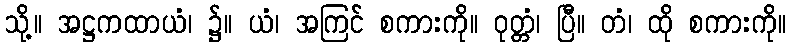
သို့။ အဋ္ဌကထာယံ၊ ၌။ ယံ၊ အကြင် စကားကို။ ဝုတ္တံ၊ ပြီ။ တံ၊ ထို စကားကို။